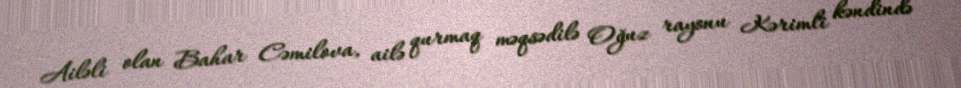
Ailəli olan Bahar Cəmilova, ailə qurmaq məqsədilə Oğuz rayonu Kərimli kəndində